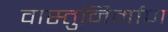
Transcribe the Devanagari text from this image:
वास्तुनिर्माण